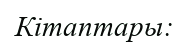
Кітаптары: